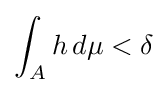
\int _{A}h\,d\mu <\delta